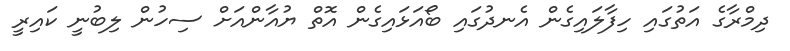
ދިމްރާގެ އަތުގައި ހިފާލައިގެން އެނދުގައި ބޯއަޅައިގެން އޮތް ޔުއާންއަށް ސިހުން ލިބުނީ ކައިރީ